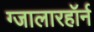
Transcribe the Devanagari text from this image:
ग्जालारहॉर्न